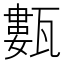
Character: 甊